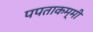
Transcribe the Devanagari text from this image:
पपताकम्मी